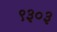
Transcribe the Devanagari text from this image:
९३०३